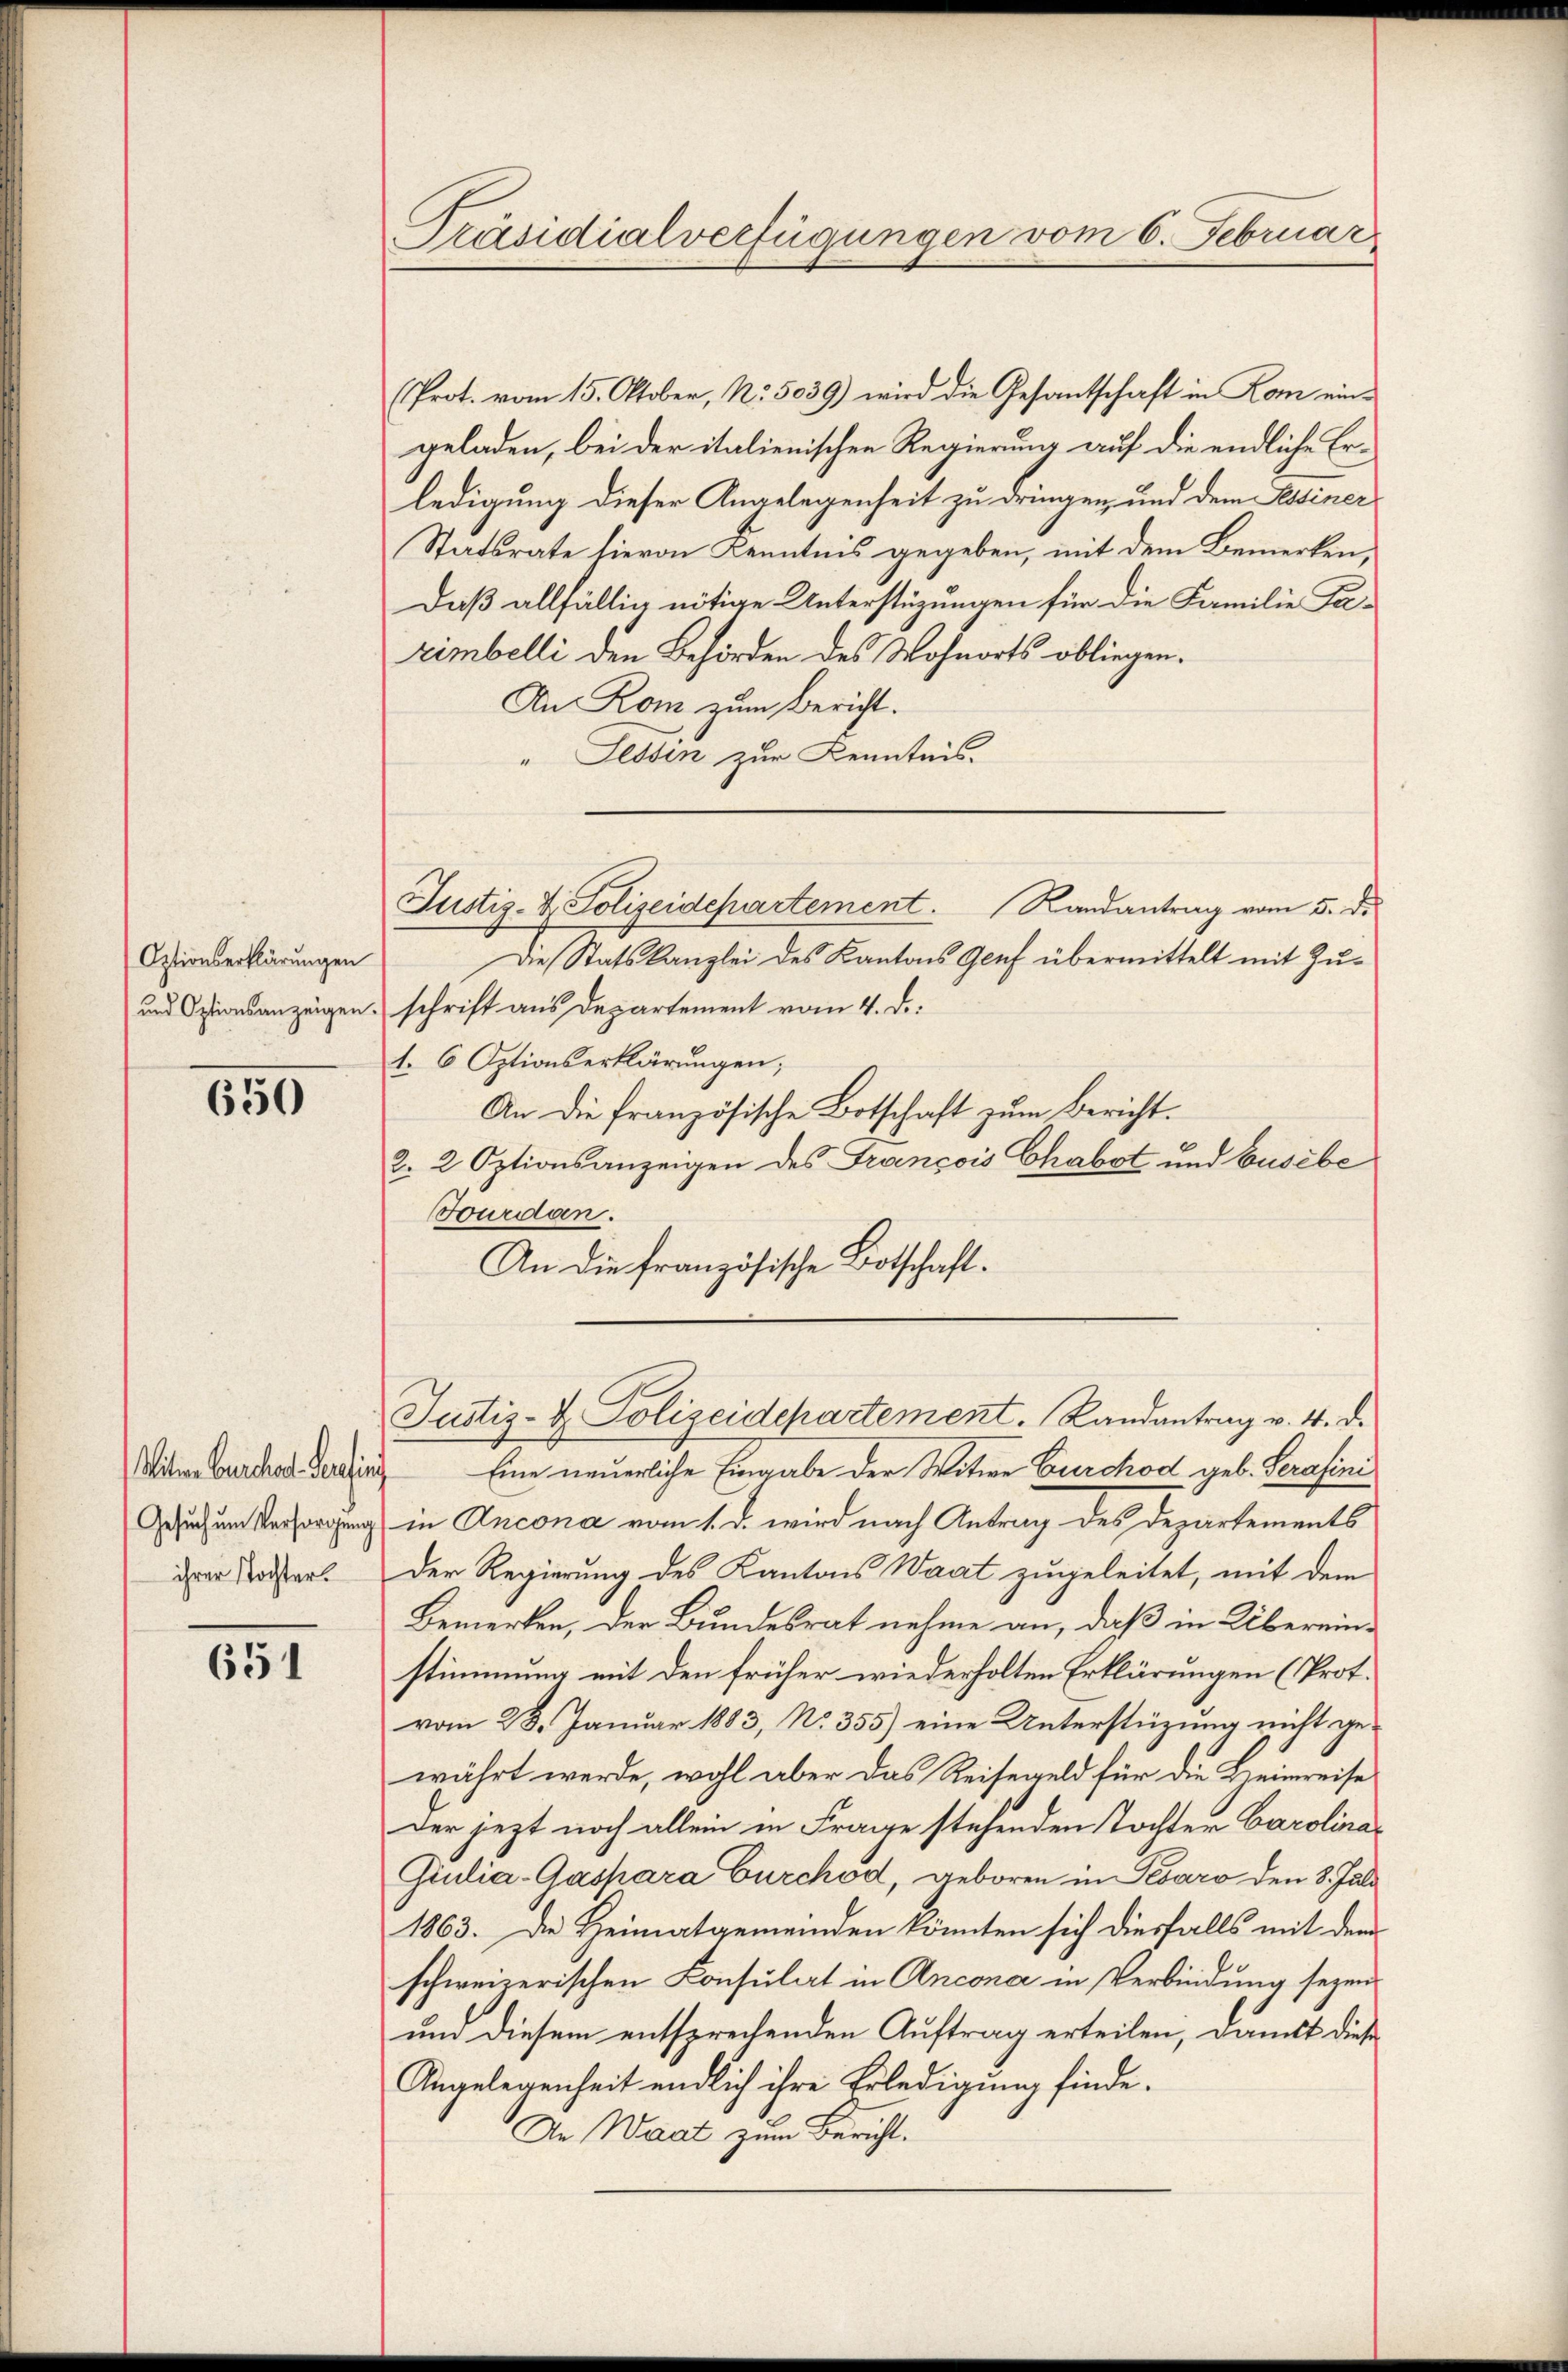
Optionserklärungen
und Optionsanzeigen

650

Witwe Bursches Pensin
Gesuch um Versorgung
ihrer Tochter.

651

Präsidialverfügungen vom 6. Februar

(Prot. vom 15. Oktober, No. 5039) wird die Gesantschaft in Rom ein-
geladen, bei der italienischen Regierung auf die endliche Erledigung dieser Angelegenheit zu dringen, und dem Sessiner
Statsrate hievon Kenntnis gegeben, mit dem Bemerken,
Daß allfällig nötige Unterstüzungen für die Familie Fa¬
Eimbelli den Behörden des Wohnorts obliegen.
An Rom zum Bericht.
" Sessen zur Kenntnis.
Justiz- & Polizeidepartement. Randantrag vom 5. d.
Die Statskanzlei des Kantons Genf übermittelt mit Zuschrift aus Departement vom 4. d.
1. 6 Optionserklärungen;
An die französische Botschaft zum Bericht.
2. 2 Optionsanzeigen des François Chabst und busibe
Fourden.
An die französische Botschaft.
Justiz- & Polizeidepartement. Randantrag v. 4. d.
Eine neuerliche Eingabe der Witwe Curchod geb. Serafini
in Ancona vom 1. d. wird nach Antrag des Departements
Der Regierung des Kantons Waat zugeleitet, mit dem
Bemerken, der Bundesrat nehme an, daß in Übereinstimmung mit den früher wiederholten Erklärungen (Prot.
vom 28. Januar 1883, No 355) eine Unterstüzung nicht gewährt werde, wohl aber das Reisegeld für die Beimreise
Der jezt noch allein in Frage stehenden Tochter Carolina¬
Giulia-Gaspara Curchod, geboren in Pesaro den 8. Juli
1863. Die Heimatgemeinden könnten sich diesfalls mit dem
schweizerischen Consulat in Ancona in Verbindung seyen
um diesem entsprechenden Auftrag erteilen, damit diese
Angelegenheit endlich ihre Erledigung finde.
De Waat zum Bericht.